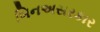
બિનઅસરકાર